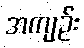
အကျဉ်း